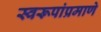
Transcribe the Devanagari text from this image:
स्वरूपांप्रमाणे